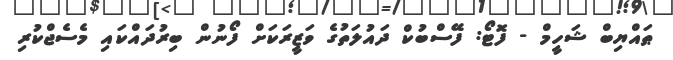
ޠައްޔިބް ޝަހީމް - ފޮޓޯ: ފޭސްބުކް ދައުލަތުގެ ވަޒީރަކަށް ފޯނުން ބިރުދައްކައި މެސެޖްކުރި